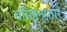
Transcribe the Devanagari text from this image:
वसिष्टनप्तारं